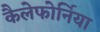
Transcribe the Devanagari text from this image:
कैलेफोर्निया